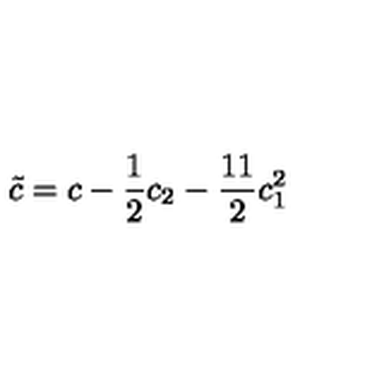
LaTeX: { \tilde { c } } = c - { \frac { 1 } { 2 } } c _ { 2 } - { \frac { 1 1 } { 2 } } c _ { 1 } ^ { 2 }